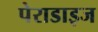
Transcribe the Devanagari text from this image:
पेराडाइज